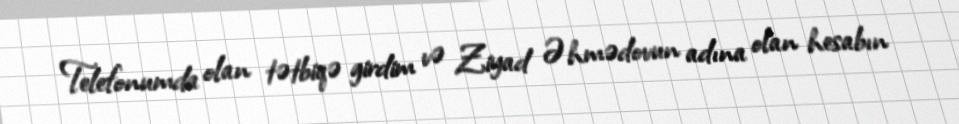
Telefonumda olan tətbiqə girdim və Ziyad Əhmədovun adına olan hesabın